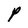
Character: P